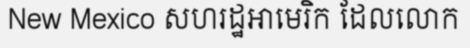
New Mexico សហរដ្ឋអាមេរិក ដែលលោក